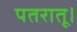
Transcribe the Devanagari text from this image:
पतरातू।